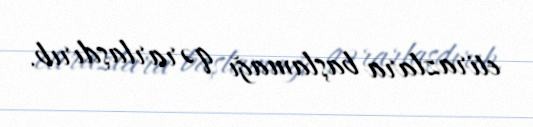
etirazlara başlamağı qərarlaşdırıb.